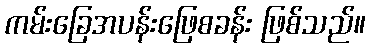
ကမ်းခြေအပန်းဖြေစခန်း ဖြစ်သည်။